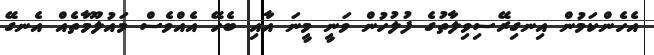
އެހެންކަމުން އިނގިރޭސިވިލާތުގެ ފުލުހުން ވަނީ މީނަ އާއި ބެހޭ އެއްވެސް މައުލޫމާތެއް އެނގޭ